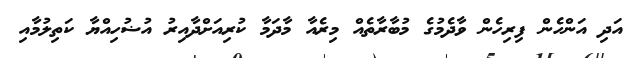
އަދި އަންހެން ފިރިހެން ވާދެމުގެ މުބާރާތެއް މިރެއާ މާދަމާ ކުރިއަށްދާއިރު އުޟުހިއްޔާ ކަތިލުމާއި